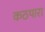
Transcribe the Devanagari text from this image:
कठपारा